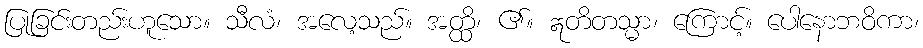
ပြုခြင်းတည်းဟူသော။ သီလံ၊ အလေ့သည်။ အတ္ထိ၊ ၏။ ဣတိတသ္မာ၊ ကြောင့်။ ပေါနောဘဝိကာ၊